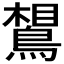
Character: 𪂼